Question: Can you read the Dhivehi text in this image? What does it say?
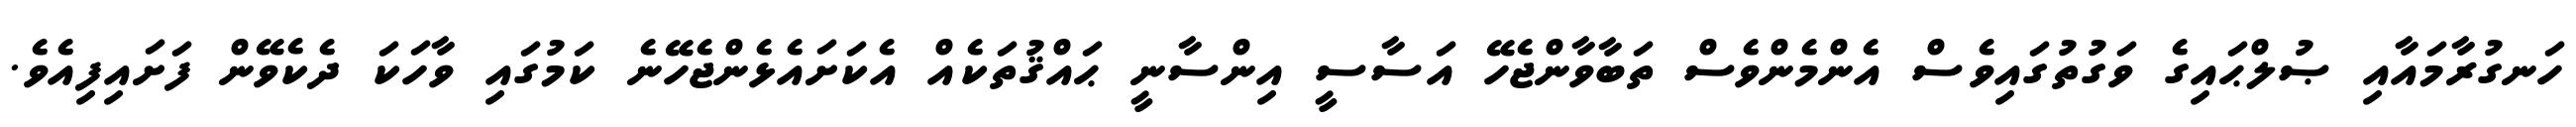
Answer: ހަނގުރާމައާއި ޞުލްޙައިގެ ވަގުތުގައިވެސް އެންމެންވެސް ތަބާވާންޖެހޭ އަސާސީ އިންސާނީ ޙައްޤުތަކެއް އެކަށައެޅެންޖެހޭނެ ކަމުގައި ވާހަކަ ދެކެވޭން ފަށައިފިއެވެ.